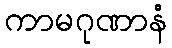
ကာမဂုဏာနံ